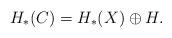
LaTeX: \begin{align*}H_* (C) = H_*(X) \oplus H.\end{align*}